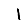
Digit: 1